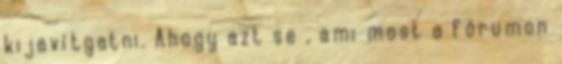
kijavítgatni. Ahogy azt se , ami most a fórumon